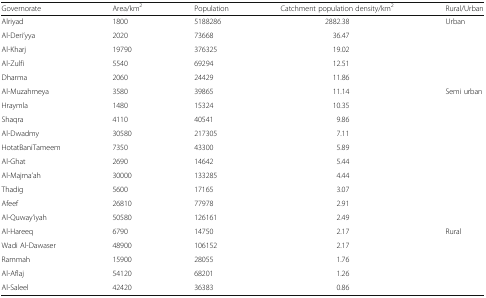
| Governorate | Area/km2 | Population | Catchment population density/km2 | Rural/Urban |
 | --- | --- | --- | --- | --- |
 | Alriyad | 1800 | 5188286 | 2882.38 | Urban |
 | Al-Deri’yya | 2020 | 73668 | 36.47 |  |
 | Al-Kharj | 19790 | 376325 | 19.02 |  |
 | Al-Zulfi | 5540 | 69294 | 12.51 |  |
 | Dharma | 2060 | 24429 | 11.86 |  |
 | Al-Muzahmeya | 3580 | 39865 | 11.14 | Semi urban |
 | Hraymla | 1480 | 15324 | 10.35 |  |
 | Shaqra | 4110 | 40541 | 9.86 |  |
 | Al-Dwadmy | 30580 | 217305 | 7.11 |  |
 | HotatBaniTameem | 7350 | 43300 | 5.89 |  |
 | Al-Ghat | 2690 | 14642 | 5.44 |  |
 | Al-Majma’ah | 30000 | 133285 | 4.44 |  |
 | Thadig | 5600 | 17165 | 3.07 |  |
 | Afeef | 26810 | 77978 | 2.91 |  |
 | Al-Quway’iyah | 50580 | 126161 | 2.49 |  |
 | Al-Hareeq | 6790 | 14750 | 2.17 | Rural |
 | Wadi Al-Dawaser | 48900 | 106152 | 2.17 |  |
 | Rammah | 15900 | 28055 | 1.76 |  |
 | Al-Aflaj | 54120 | 68201 | 1.26 |  |
 | Al-Saleel | 42420 | 36383 | 0.86 |  |